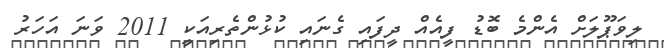
ލިވަޕޫލަށް އެންމެ ބޮޑު ފީއެއް ދީފައި ގެނައި ކުޅުންތެރިއަކީ 2011 ވަނަ އަހަރު